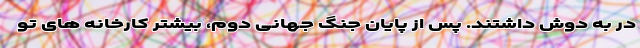
در به دوش داشتند. پس از پایان جنگ جهانی دوم، بیشتر کارخانه های تو